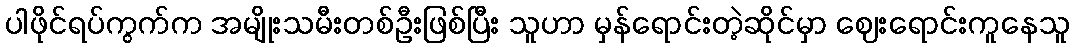
ပါဖိုင်ရပ်ကွက်က အမျိုးသမီးတစ်ဦးဖြစ်ပြီး သူဟာ မှန်ရောင်းတဲ့ဆိုင်မှာ ဈေးရောင်းကူနေသူ